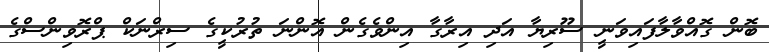
ބޮން ގޮއްވާލާފައިވަނީ ސޫރިޔާ އަދި އިރާގާ އިންވެގެން އޮންނަ ތުރުކީގެ ސިރްނަކް ޕްރޮވިންސްގެ